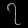
Digit: ၇